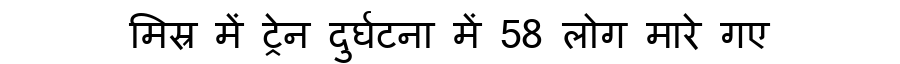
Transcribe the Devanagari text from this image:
मिस्र में ट्रेन दुर्घटना में 58 लोग मारे गए